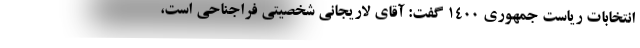
انتخابات ریاست جمهوری ۱۴۰۰ گفت: آقای لاریجانی شخصیتی فراجناحی است،